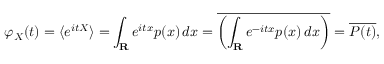
\varphi _ { X } ( t ) = \langle e ^ { i t X } \rangle = \int _ { \mathbf { R } } e ^ { i t x } p ( x ) \, d x = { \overline { { \left( \int _ { \mathbf { R } } e ^ { - i t x } p ( x ) \, d x \right) } } } = { \overline { { P ( t ) } } } ,